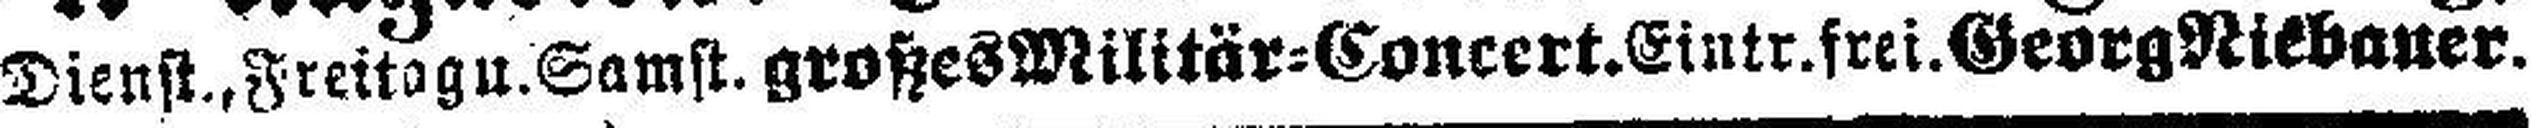
Dienst., Freitag u. Samst. großes Militär=Concert. Eintr. frei. Georg Niebauer.